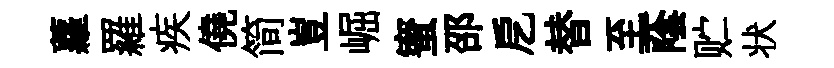
蘿羅疾僥简豈崛蜜邵戹替至蔭贮状